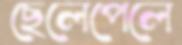
ছেলেপেলে